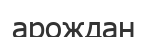
арождан